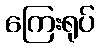
ကြေးရုပ်